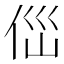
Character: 㑎